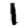
Digit: 1